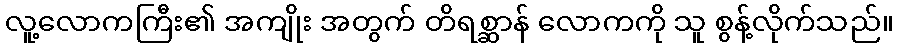
လူ့လောကကြီး၏ အကျိုး အတွက် တိရစ္ဆာန် လောကကို သူ စွန့်လိုက်သည်။